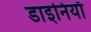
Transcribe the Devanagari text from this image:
डाइनियाँ